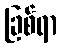
ခြစ်ရာ